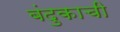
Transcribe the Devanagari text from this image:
बंदुकाची